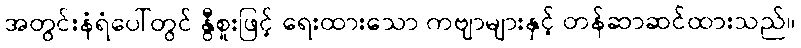
အတွင်းနံရံပေါ်တွင် နွီစူးဖြင့် ရေးထားသော ကဗျာများနှင့် တန်ဆာဆင်ထားသည်။